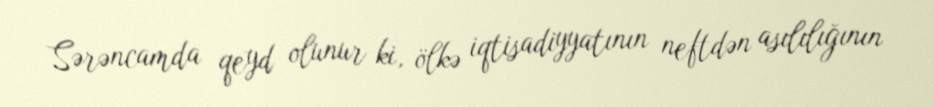
Sərəncamda qeyd olunur ki, ölkə iqtisadiyyatının neftdən asılılığının